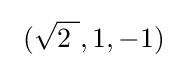
\ ({\sqrt {2\ }},1,-1)\